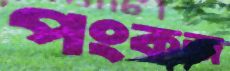
পংকজ